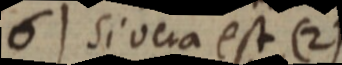
6) Si vera est (2)